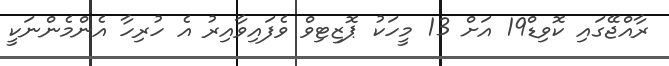
ރާއްޖޭގައި ކޮވިޑް19 އަށް 13 މީހަކު ޕޮޒިޓިވް ވެފައިވާއިރު އެ ހުރިހާ އެންމެންނަކީ